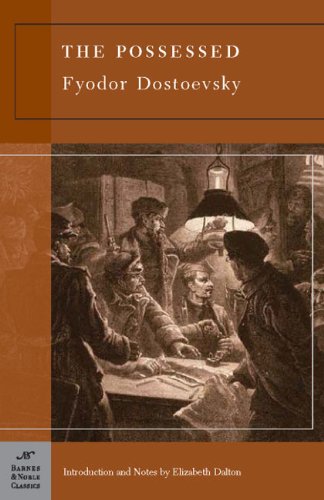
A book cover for The Possessed (Barnes & Noble Classics); Fyodor Dostoevsky; Literature & Fiction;